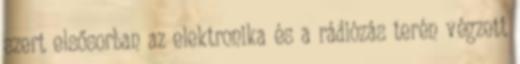
szert elsősorban az elektronika és a rádiózás terén végzett